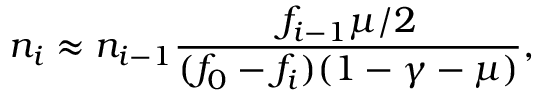
n _ { i } \approx n _ { i - 1 } \frac { f _ { i - 1 } \mu / 2 } { ( f _ { 0 } - f _ { i } ) ( 1 - \gamma - \mu ) } ,